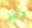
كلا